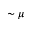
\sim \mu